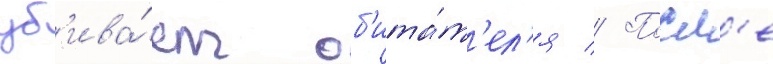
уб'ива́ет об'ита́т'ел'я // Посл'е